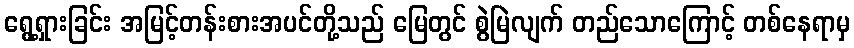
ရွေ့ရှားခြင်း အမြင့်တန်းစားအပင်တို့သည် မြေတွင် စွဲမြဲလျက် တည်သောကြောင့် တစ်နေရာမှ